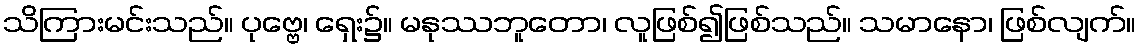
သိကြားမင်းသည်။ ပုဗ္ဗေ၊ ရှေး၌။ မနုဿဘူတော၊ လူဖြစ်၍ဖြစ်သည်။ သမာနော၊ ဖြစ်လျက်။